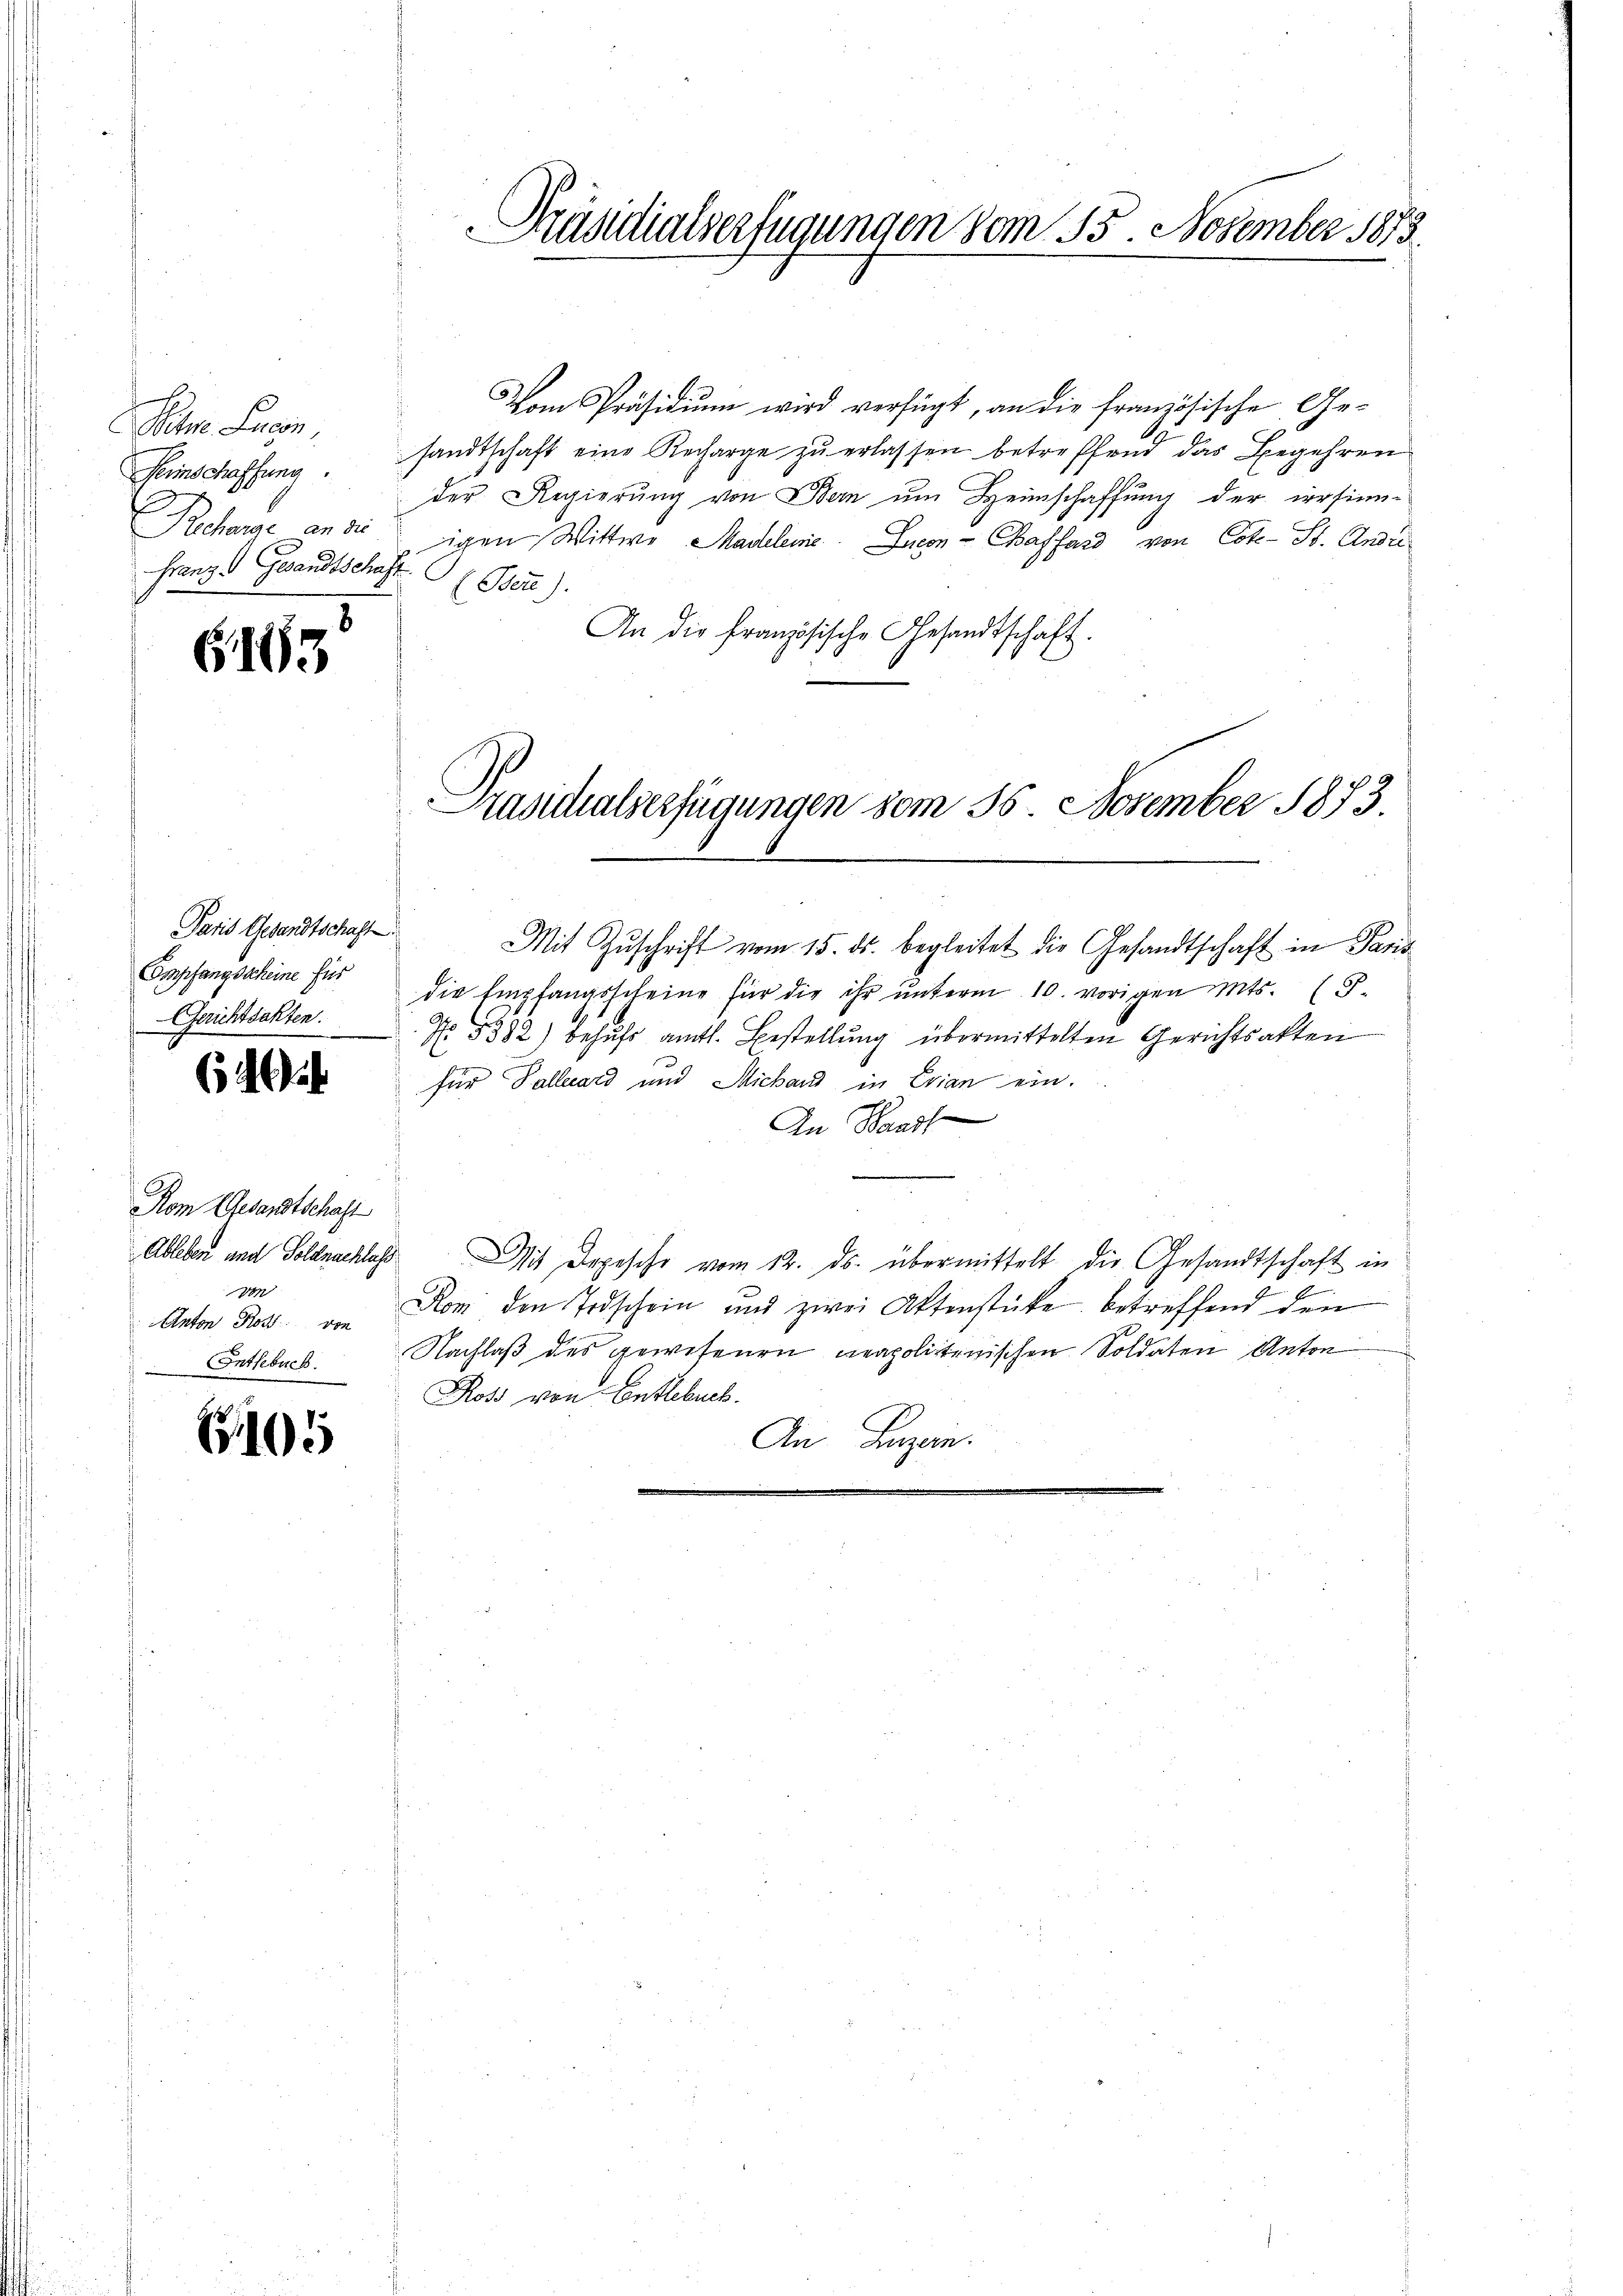
Peter Lucen,
Seinschaffung
Franz. Gesandtschaft

G. 163

Paris Gesandtschaft
Gerichtsakten.

649.

Vom Präsidium wird verfügt, an die französische Ge-
sandtschaft eine Recharge zu erlassen betreffend das Begehren
der Regierung von Bern um Heimschaffung der irrsinn-
Recharge an die igen Wittwe Madelene Lucon - Caffard von Cot-St. Ande
(Bert).
An die französische Gesandtschaft.
Mit Zŭschrift vom 15. ds. begleitet die Gesandtschaft in Paris
Empfangscheine für die Empfangsscheine für die ihr ŭnterm 10. vorigen Mts. (T.
No. 5382) behufs amtl. Bestellung übermittelten Gerichtsakten
für Pallerard und Michard in Evian ein.
An Band
Mit Depesche vom 12. ds. übermittelt die Gesandtschaft in
s
Anton Ross. von Rom den Todschein und zwei Aktenstücke betreffend den
Nachlaß des gewesenen neapolitanischen Soldaten Anton
Ross von Entlebuch.
An Luzern.
e

Kom Gesandtschaft
Ableber und Soldnachlass
von
Entlebuch.

105

Präsidialverfügungen vom 15. November 1873.

Prasicalserfügungen vom 26. November 1873.